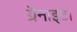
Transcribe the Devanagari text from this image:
ग्रैनाइट।